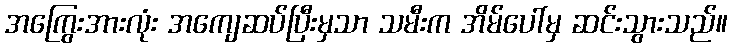
အကြွေးအားလုံး အကျေဆပ်ပြီးမှသာ သမီးက အိမ်ပေါ်မှ ဆင်းသွားသည်။